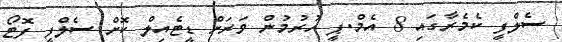
ސެލްފީ ކެމެރާގައި 8 އެމް.ޕީ ހުރުމުން ވަރަށް ޑީޓެއިލް ކޮށް ސެލްފީ ފޮޓޯ